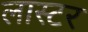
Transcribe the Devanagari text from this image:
लास्टर